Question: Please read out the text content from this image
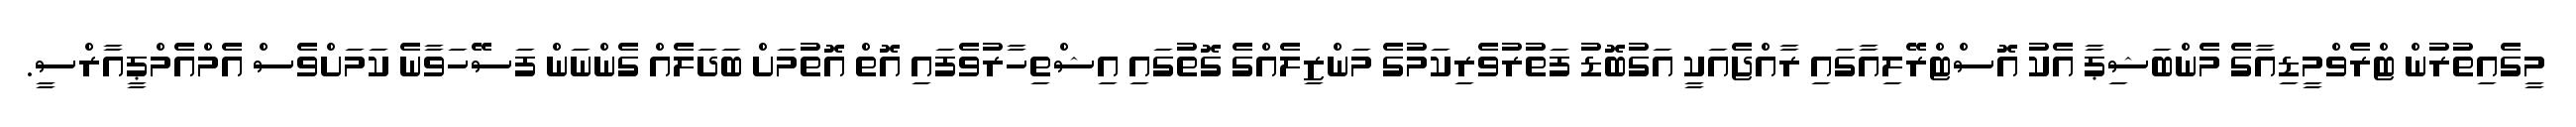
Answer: މީގެއިތުރުން ޓްރެވްމީޑިއާގެ މެންބަޝިޕާ އެކު އޮސްޓްރޭލިއާގައި ރާއްޖެއަކީ އަގުބޮޑު ފަތުރުވެރިކަމުގެ މަންޒިލެއްގެ ގޮތުގައި އިޝްތިހާރުވެފައި އޮތް އޮތުމަށް ބަދަލެއް ގެންނަން ފަސޭހަވާނެ ކަމަށްވެސް އެމްއެމްޕީއާރްސީ.